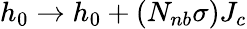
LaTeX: h_{0}\rightarrow h_{0}+(N_{nb}\sigma)J_{c}